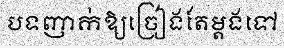
បទញាក់ឱ្យច្រៀងតែម្តងទៅ